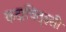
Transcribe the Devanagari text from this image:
कदाचित्‌इसी